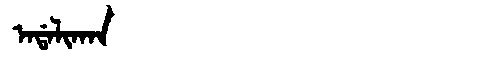
Manchu: ᠠᡩᠠᠯᡳᡴᠠᠨ
Romanization: ADALIKAN